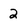
Character: 2